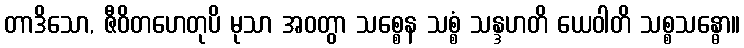
တာဒိသော, ဇီဝိတဟေတုပိ မုသာ အဝတွာ သစ္စေန သစ္စံ သန္ဒဟတိ ယေဝါတိ သစ္စသန္ဓော။